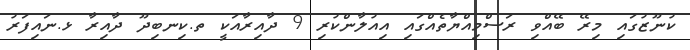
ކުނޫޒުގައި މިރޭ ބޭއްވި ރަސްމިއްޔާތެއްގައި އިއުލާންކުރި 9 ދާއިރާއަކީ ތ.ކިނބިދޫ ދާއިރާ ޅ.ނައިފަރު